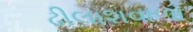
ઢીલાશવાળા